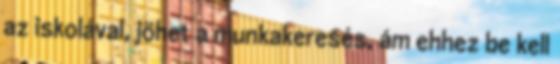
az iskolával, jöhet a munkakeresés, ám ehhez be kell